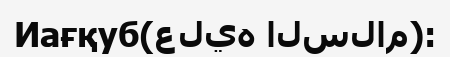
Иағқуб(عليه السلام):